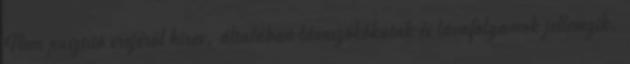
Nem pusztító erejéről híres, általában lávaszökőkutak és lávafolyamok jellemzik.